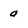
Character: a